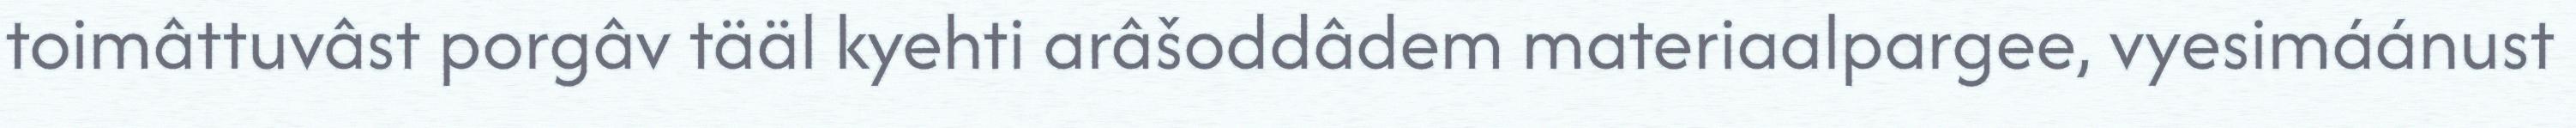
toimâttuvâst porgâv tääl kyehti arâšoddâdem materiaalpargee, vyesimáánust